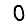
Digit: 0